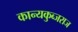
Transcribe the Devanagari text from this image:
कान्यकुब्जराज